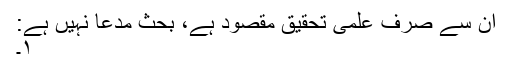
ان سے صرف علمی تحقیق مقصود ہے، بحث مدعا نہیں ہے:
۱۔